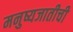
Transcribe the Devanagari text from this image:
मनुष्यजातीची